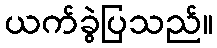
ယက်ခွဲပြသည်။